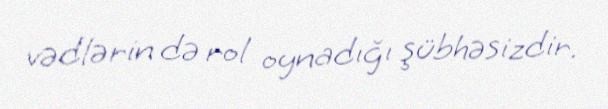
vədlərin də rol oynadığı şübhəsizdir.